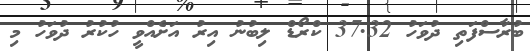
ބުރާސްފަތި ދުވަހު 37.32 ކްރޯޑް ލިބުނު އިރު އަށެއްވީ ހުކުރު ދުވަހު މި